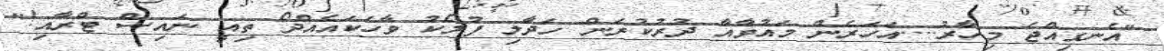
"އެނގިއްޖެ މިހާރު....އަހަރެން މައުވާއާ ދުރުކުރަން ހަދާލި ފުލޯކު ވާހަކައެއްދޯ ތިއީ ނައިސް ޓްރާއި!"